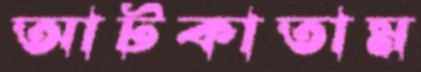
আটকাতাম